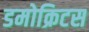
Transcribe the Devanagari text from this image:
डमोक्रिटस